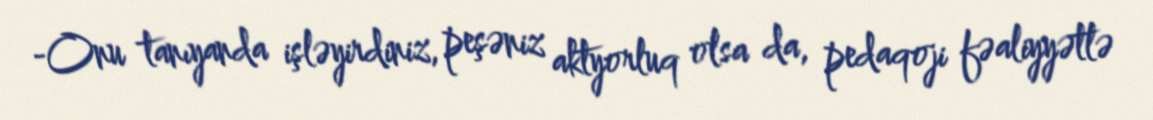
-Onu tanıyanda işləyirdiniz, peşəniz aktyorluq olsa da, pedaqoji fəaliyyətlə